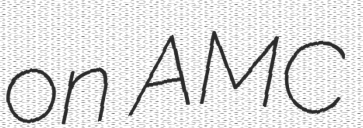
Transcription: on AMC